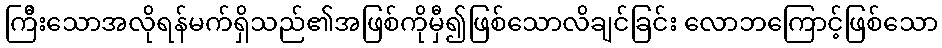
ကြီိးသောအလိုရန်မက်ရှိသည်၏အဖြစ်ကိုမှီ၍ဖြစ်သောလိချင်ခြင်း လောဘကြောင့်ဖြစ်သော